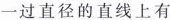
一过直径的直线上有